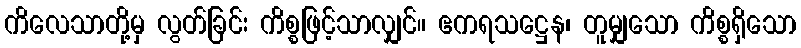
ကိလေသာတို့မှ လွတ်ခြင်း ကိစ္စဖြင့်သာလျှင်။ ဧကရသဋ္ဌေန၊ တူမျှသော ကိစ္စရှိသော